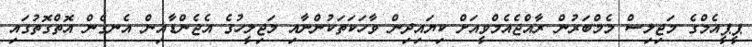
ޕީޕީއެމްގެ މަޖިލިސް މެމްބަރުން ރާއްޖެއެމްވީއަށް ކިޔައިދިން ވާހަކަތަކުންނާއި މަޖިލީހުގެ އެޖެންޑާއިން އެނގެން އޮތްގޮތުގައި